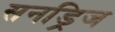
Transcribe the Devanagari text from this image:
सनड्रिज